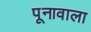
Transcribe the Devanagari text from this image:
पूनावाला